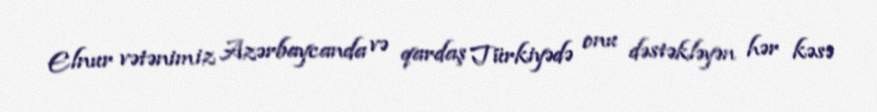
Elnur vətənimiz Azərbaycanda və qardaş Türkiyədə onu dəstəkləyən hər kəsə